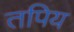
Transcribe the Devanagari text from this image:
तपिय